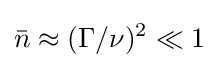
{\bar {n}}\approx (\Gamma /\nu )^{2}\ll 1